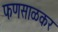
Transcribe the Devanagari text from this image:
फणसाळकर